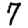
Digit: 7